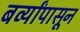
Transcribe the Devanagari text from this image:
बर्व्यांपासून